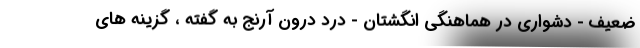
ضعیف - دشواری در هماهنگی انگشتان - درد درون آرنج به گفته ، گزینه های